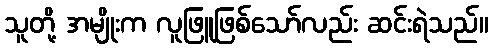
သူတို့ အမျိုးက လူဖြူဖြစ်သော်လည်း ဆင်းရဲသည်။